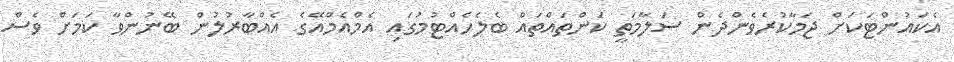
އެކައުންޓަކަށް ޖަމާކުރެވެންދެން ސަލާމަތީ ކަންތައްތައް ބެލެހެއްޓުމުގައި އެމްއެމްއޭގެ އެއްބާރުލުން ބޭނުންވާ ކަމަށް ވެސް